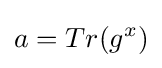
a=Tr(g^{x})